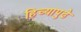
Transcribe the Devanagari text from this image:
हिच्यापुढे